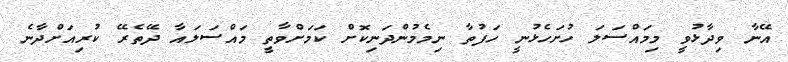
އޭނާ ވިދާޅުވީ މިމައްސަލަ ހުށަހެޅުނީ ހަފުތާ ނިމެމުންދަނިކޮށް ކަމަށްވާތީ މައްސަލައާ ދޭތެރޭ ކުރިއަށްދާނެ